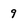
Character: 9